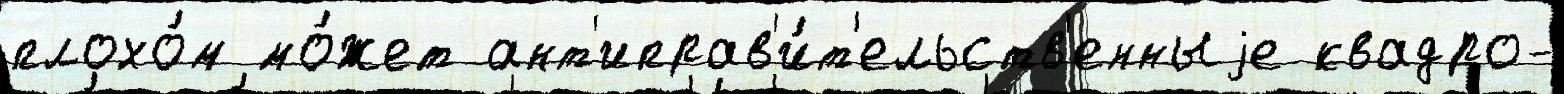
плохо́м мо́жет ант'иправ'и́т'ельств'енныjе квадро-